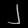
Digit: ၂